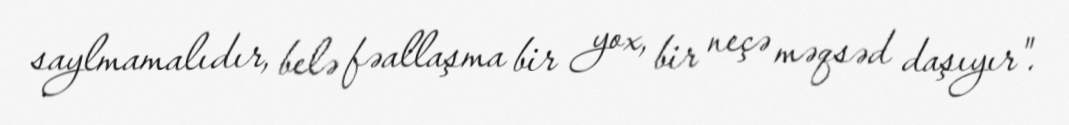
saylmamalıdır, belə fəallaşma bir yox, bir neçə məqsəd daşıyır".